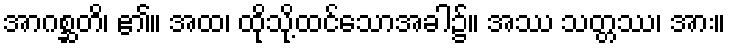
အာဂစ္ဆတိ၊ ၏။ အထ၊ ထိုသို့ထင်သောအခါ၌။ အဿ သတ္တဿ၊ အား။